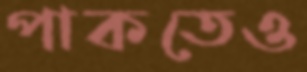
পাকতেও